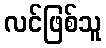
လင်ဖြစ်သူ